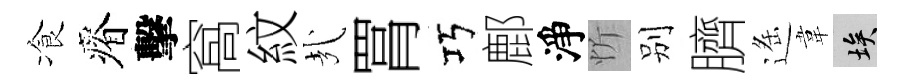
飡瘠擊窩紋㢤罥巧鄜淨忻别臍遥韋埃